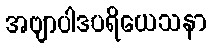
အဗျာပါဒပရိယေသနာ